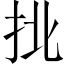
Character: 𢫣